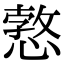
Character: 𢠜